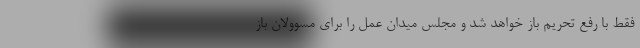
فقط با رفع تحریم باز خواهد شد و مجلس میدان عمل را برای مسوولان باز